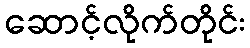
ဆောင့်လိုက်တိုင်း